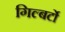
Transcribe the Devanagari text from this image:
गिल्बर्टो